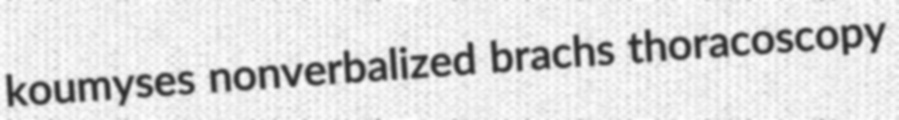
koumyses nonverbalized brachs thoracoscopy